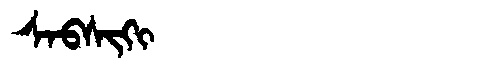
Manchu: ᠰᠠᠪᠰᡳᡴᡳ
Romanization: SABSIKI